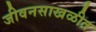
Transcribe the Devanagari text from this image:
जीवनसाखळीत